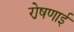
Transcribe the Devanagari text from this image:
रो़षणाई